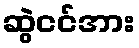
ဆွဲငင်အား